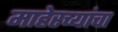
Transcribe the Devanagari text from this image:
माहेरच्यांचा